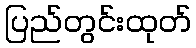
ပြည်တွင်းထုတ်